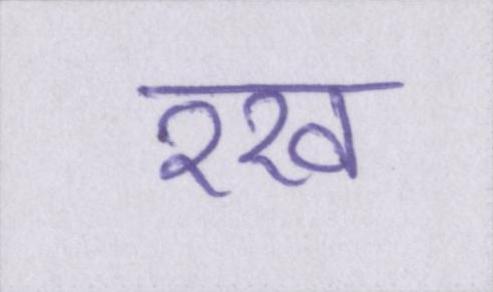
रख